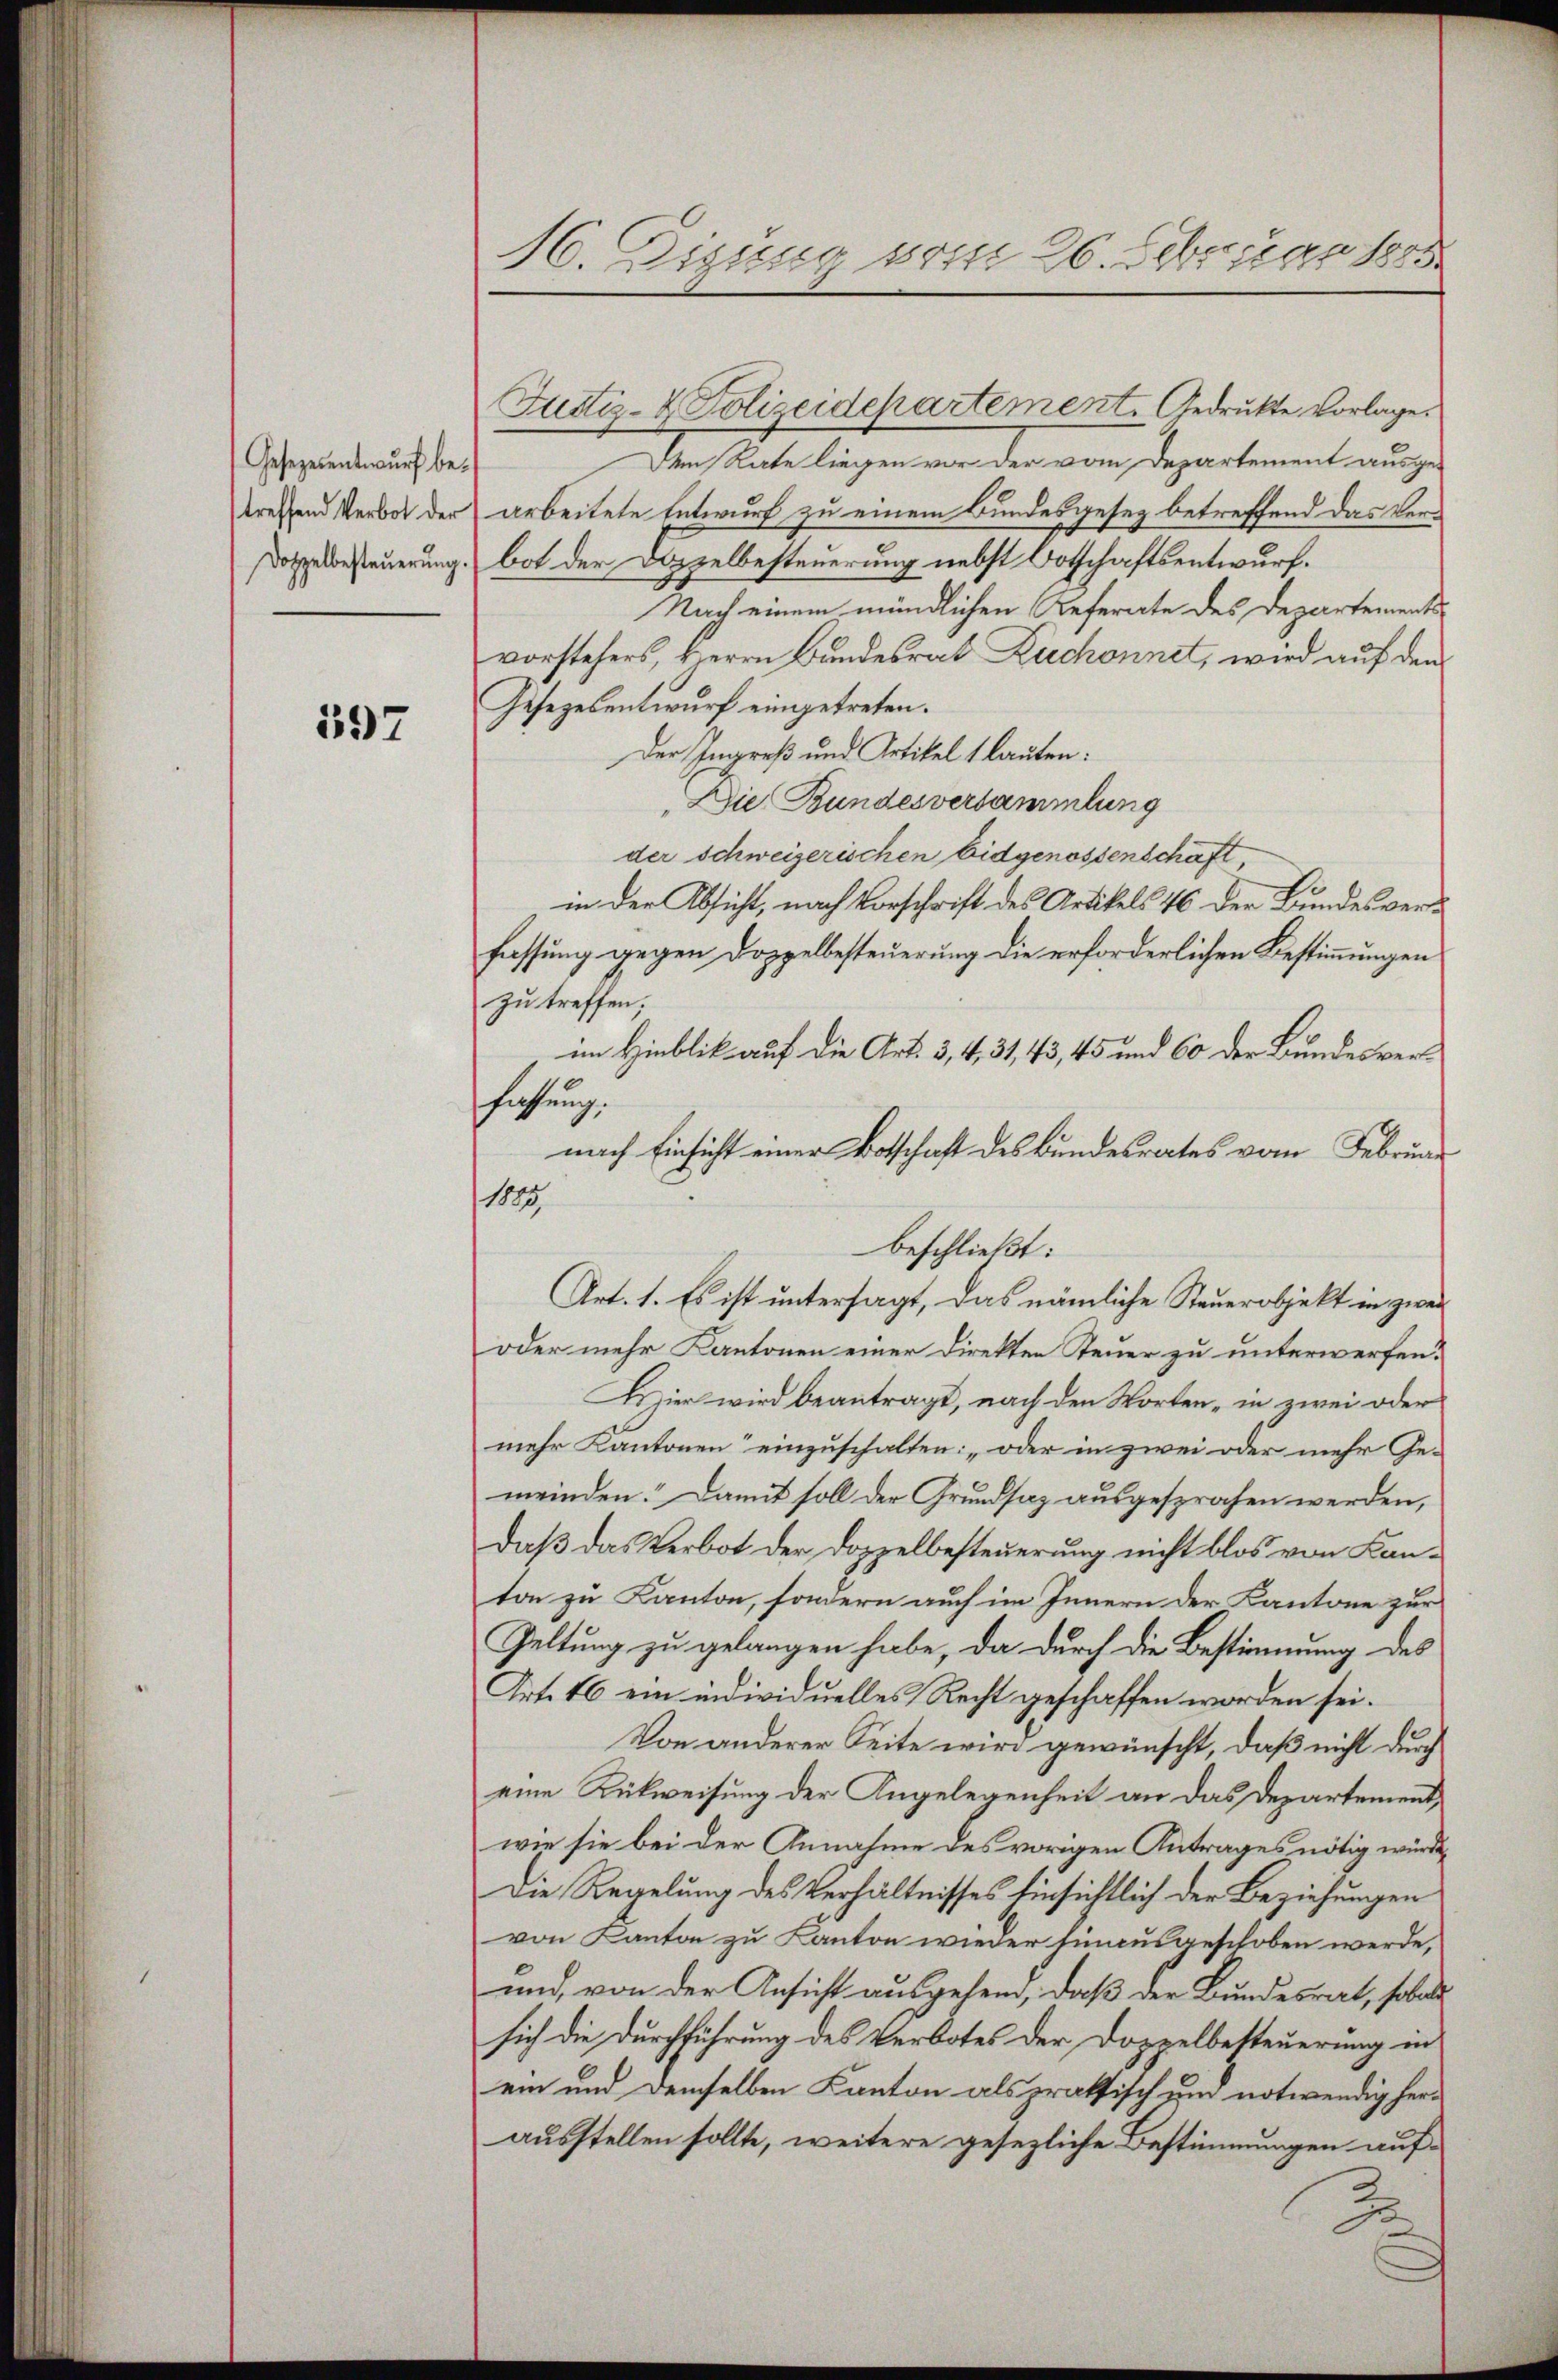
Gesezesentwurf betreffend Verbot der
Doppelbesteuerung.

597

M. Zizung vom 26. Februar 188

Dem Rate liegen vor der vom Departement ausge-
arbeitete Entwurf zu einem Bundesgesez betreffend das Verbot der Doppelbesteuerung nebst Ortschaftsentwurf.
Nach einem mündlichen Referate des Departements
vorstehers, Herrn Bundesrat Zuchonnet, wird auf den
Gesezesentwurf eingetreten.
Der Ingreß und Artikel 1 lauten:
„Die Bundesversammlung
der schweizerischen Eidgenossenschaft,
in der Absicht, nach Vorschrift des Artikels 46 der Bundesverfassung gegen Doppelbesteuerung die erforderlichen Bestimmungen
zu treffen;
im Hinblik auf die Art. 3, 4, 31, 43, 45 und 60 der Bundesverhiehung.
nach Einsicht einer Botschaft des Bundesrates vom Februar
1885.
Art. 1. Es ist untersagt, das nämliche Steuerobjekt in zwei
oder mehr Kantonen einer Direkten Steuer zu unterwerfen?
Fizier wird beantragt, nach den Worten - in zwei oder
mehr Kantonen“ einzuschalten: „oder in zwei oder mehr Ge-
meinden. Damit soll der Grundsaz ausgesprochen werden,
daß das Verbot der Doppelbesteuerung nicht blos von Kanton zu Kanton, sondern auch im Innern der Kantone zur
Geltung zu gelangen habe, da durch die Bestimmung des
Art. 46 ein individuelles Recht geschaffen worden sei.
Von anderer Seite wird gewünscht, daß nicht durch
eine Rückweisung der Angelegenheit an das Departement,
wie sie bei der Annahme des vorigen Antrages nötig würde,
Die Regelung des Verhältnisses hinsichtlich der Beziehungen
von Kanton zu Kanton wieder hinausgeschoben werde,
und, von der Ansicht ausgehem, daß der Bundesrat, sobal
sich die Durchführung des Verbotes der Doppelbesteuerung in
ein und demselben Kanton als praktisch und notwendig herausstellen sollte, weitere gesezliche Bestimmungen auf¬
J

Justiz- & Polizeidchartement. Gedruckte Vorlage.

beschließt: